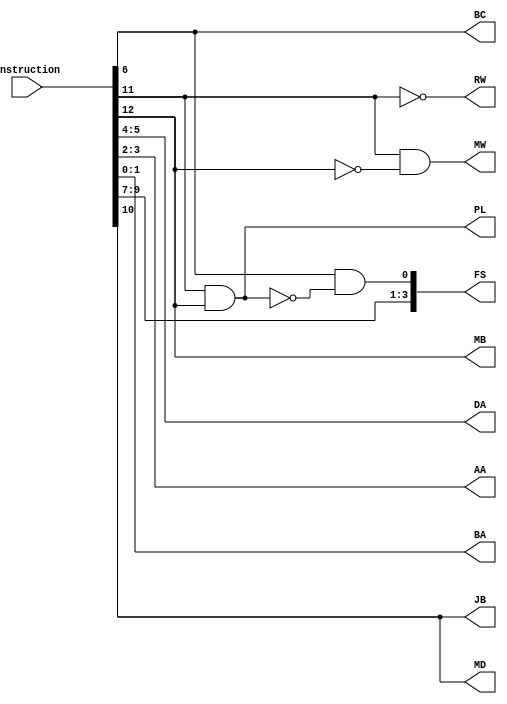
module Instruction_Decoder(Instruction,DA,AA,BA,MB,FS,MD,RW,MW,PL,JB,BC);
    input [12:0] Instruction;
    output [1:0] DA,AA,BA;
    output MB;
    output [3:0] FS;
    output MD,RW,MW,PL,JB,BC;

    assign DA = Instruction[5:4];
    assign AA = Instruction[3:2];
    assign BA = Instruction[1:0];
    assign MB = Instruction[12];
    assign FS[3:1] = Instruction[9:7];
    assign FS[0] = Instruction[6]&(~PL);
    assign MD = Instruction[10];
    assign RW = ~Instruction[11];
    assign MW = Instruction[11] & (~Instruction[12]);
    assign PL = Instruction[11] & Instruction[12];
    assign JB = Instruction[10];
    assign BC = Instruction[6];

endmodule